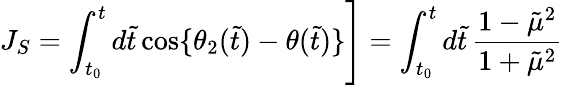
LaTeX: J_{S}=\int_{t_{0}}^{t}d\tilde{t}\, \mathrm{cos}\{ \theta_{2}(\tilde{t})-\theta(\tilde{t})\} \Bigg]=\int_{t_{0}}^{t}d\tilde{t}\, {\frac{1-\tilde{\mu}^{2}}{1+\tilde{\mu}^{2}}}